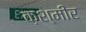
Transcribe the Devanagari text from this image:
क़श्मीर